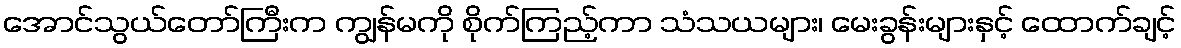
အောင်သွယ်တော်ကြီးက ကျွန်မကို စိုက်ကြည့်ကာ သံသယများ၊ မေးခွန်းများနှင့် ထောက်ချင့်